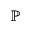
\mathbb { P }